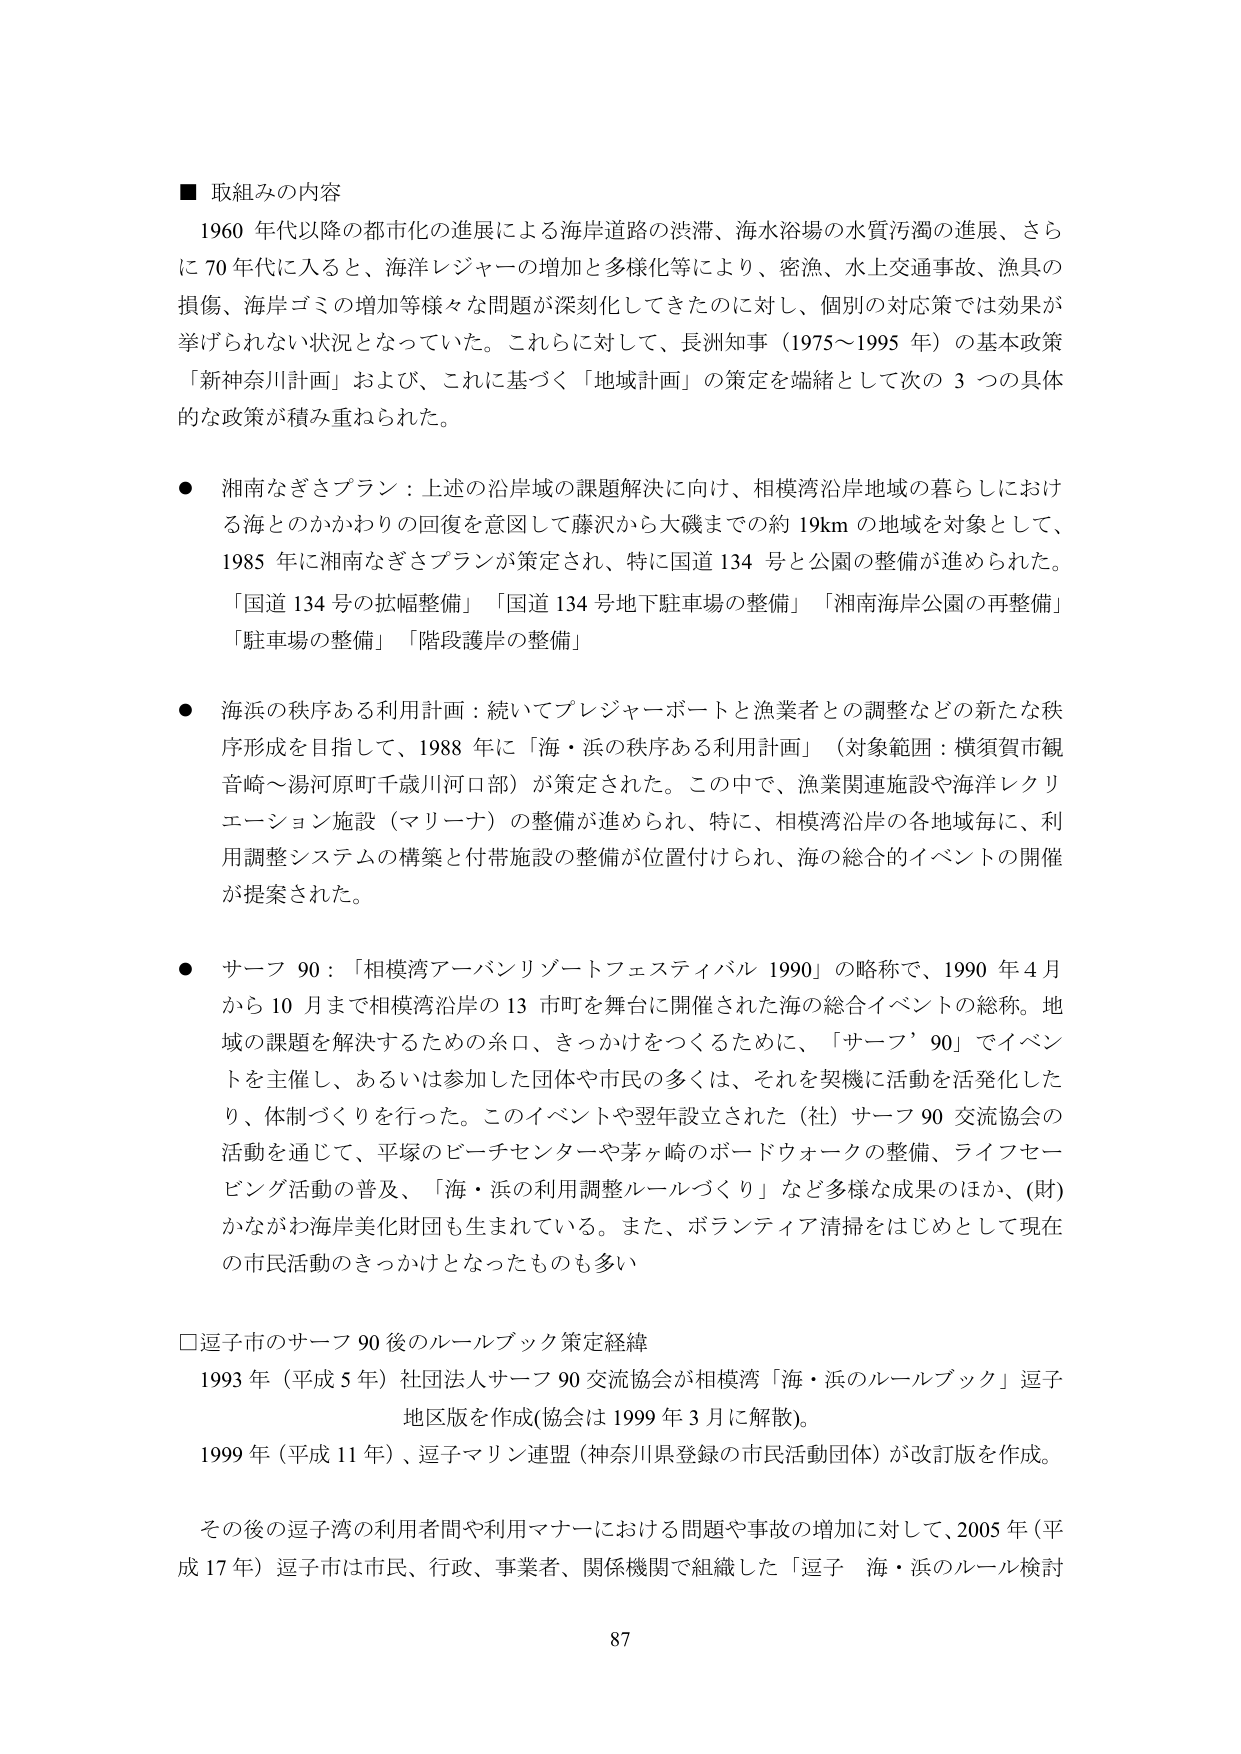
■ 取組みの内容
1960 年代以降の都市化の進展による海岸道路の渋滞、海水浴場の水質汚濁の進展、さらに 70 年代に入ると、海洋レジャーの増加と多様化等により、密漁、水上交通事故、漁具の損傷、海岸ゴミの増加等様々な問題が深刻化してきたのに対し、個別の対応策では効果が挙げられない状況となっていた。これらに対して、長洲知事（1975～1995 年）の基本政策「新神奈川計画」および、これに基づく「地域計画」の策定を端緒として次の 3 つの具体的な政策が積み重ねられた。

● 湘南なぎさプラン：上述の沿岸域の課題解決に向け、相模湾沿岸地域の暮らしにおける海とのかかわりの回復を意図して藤沢から大磯までの約 19km の地域を対象として、1985 年に湘南なぎさプランが策定され、特に国道 134 号と公園の整備が進められた。「国道 134 号の拡幅整備」「国道 134 号地下駐車場の整備」「湘南海岸公園の再整備」「駐車場の整備」「階段護岸の整備」

● 海浜の秩序ある利用計画：続いてプレジャーポートと漁業者との調整などの新たな秩序形成を目指して、1988 年に「海・浜の秩序ある利用計画」（対象範囲：横須賀市観音崎～湯河原町千歳川河口部）が策定された。この中で、漁業関連施設や海洋レクリエーション施設（マリーナ）の整備が進められ、特に、相模湾沿岸の各地域毎に、利用調整システムの構築と付帯施設の整備が位置付けられ、海の総合的イベントの開催が提案された。

● サーフ 90：「相模湾アーバンリゾートフェスティバル 1990」の略称で、1990 年 4 月から 10 月まで相模湾沿岸の 13 市町を舞台に開催された海の総合イベントの総称。地域の課題を解決するための糸口、きっかけをつくるために、「サーフ’90」でイベントを主催し、あるいは参加した団体や市民の多くは、それを契機に活動を活発化したり、体制づくりを行った。このイベントや翌年設立された（社）サーフ 90 交流協会の活動を通じて、平塚のビーチセンターや茅ヶ崎のボードウォークの整備、ライフセービング活動の普及、「海・浜の利用調整ルールづくり」など多様な成果のほか、（財）かながわ海岸美化財団も生まれている。また、ボランティア清掃をはじめとして現在の市民活動のきっかけとなったものも多い。

□逗子市のサーフ 90 後のルールブック策定経緯
1993 年（平成 5 年）社団法人サーフ 90 交流協会が相模湾「海・浜のルールブック」逗子地区版を作成（協会は 1999 年 3 月に解散）。
1999 年（平成 11 年）、逗子マリン連盟（神奈川県登録の市民活動団体）が改訂版を作成。

その後の逗子湾の利用者間や利用マナーにおける問題や事故の増加に対して、2005 年（平成 17 年）逗子市は市民、行政、事業者、関係機関で組織した「逗子 海・浜のルール検討

87